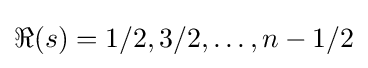
\Re (s)=1/2,3/2,\dots ,n-1/2